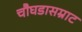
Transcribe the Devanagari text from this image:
चौघडासम्राट